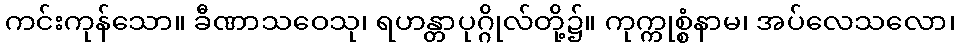
ကင်းကုန်သော။ ခီဏာသဝေသု၊ ရဟန္တာပုဂ္ဂိုလ်တို့၌။ ကုက္ကုစ္စံနာမ၊ အပ်လေသလော၊